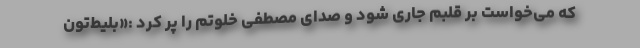
که می‌خواست بر قلبم جاری شود و صدای مصطفی خلوتم را پُر کرد :«بلیط‌تون